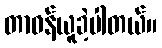
တာဝန်ယူခဲ့ပါတယ်။